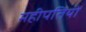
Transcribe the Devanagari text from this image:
महीपतियों